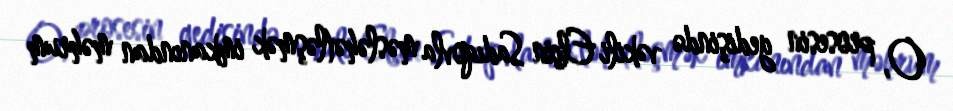
O, prosesin gedişində vəkili Elçin Sadıqovla məsləhətləşmək imkanından məhrum